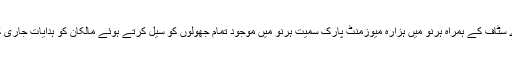
اس سلسلہ میں گذشتہ روز ایڈیشنل اسسٹنٹ کمشنر (ریونیو) اسد محمود لودھی نے لوکل پولیس اور ٹی ایم اے سٹاف کے ہمراہ ہرنو میں ہزارہ میوزمنٹ پارک سمیت ہرنو میں موجود تمام جھولوں کو سیل کرتے ہوئے مالکان کو ہدایات جاری کیں کہ جب تک سیفٹی سرٹیفکیٹ پیش نہیں کرتے اس وقت تک تمام جھولے مکمل طور پر سیل رہیں گے۔